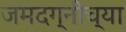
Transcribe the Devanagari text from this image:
जमदग्नीच्या